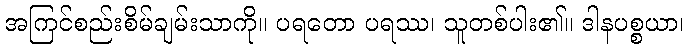
အကြင်စည်းစိမ်ချမ်းသာကို။ ပရတော ပရဿ၊ သူတစ်ပါး၏။ ဒါနပစ္စယာ၊